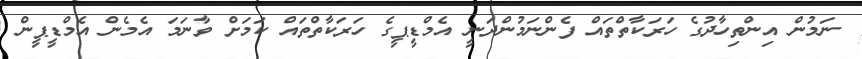
ނަމުން އިންތިހާދުގެ ހަރަކާތްތައް ފެންނަމުންދަނީ އެމްޑީޕީގެ ހަރަކާތްތައް ކަމަށް ވާނަމަ އެމެން އެމްޑީޕީން